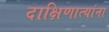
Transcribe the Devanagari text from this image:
दाक्षिणात्यांना